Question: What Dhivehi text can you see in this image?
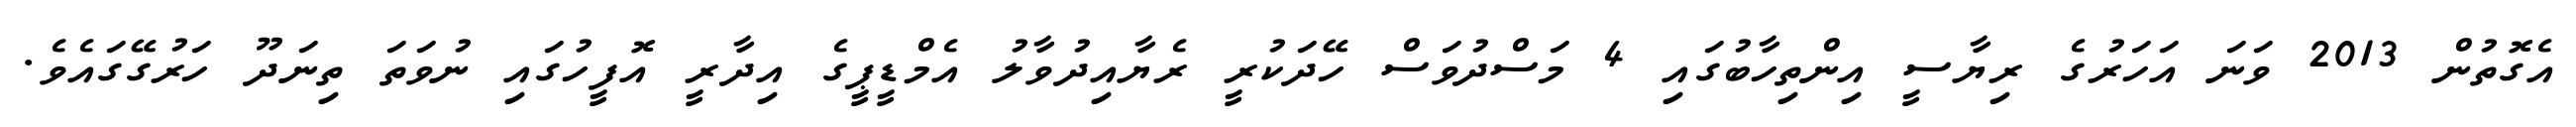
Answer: އެގޮތުން 2013 ވަނަ އަހަރުގެ ރިޔާސީ އިންތިހާބުގައި 4 މަސްދުވަސް ހޭދަކުރީ ރެޔާއިދުވާލު އެމްޑީޕީގެ އިދާރީ އޮފީހުގައި ނުވަތަ ތިނަދޫ ހަރުގޭގައެވެ.